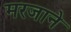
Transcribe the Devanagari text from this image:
मरजाने